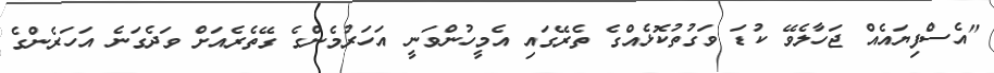
"އެސްފިޔައެއް ޖަހާލެވޭ ކުޑަ ވަގުތުކޮޅެއްގެ ތެރޭގައި އެމީހުންވަނީ އަހަރުމެންގެ ގޭތެރެއަށް ވަދެގަނެ އަހަރެންގެ